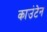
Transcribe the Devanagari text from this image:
काउंटेन